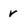
Character: r